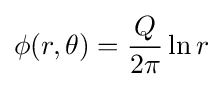
\phi (r,\theta )={\frac {Q}{2\pi }}\ln r